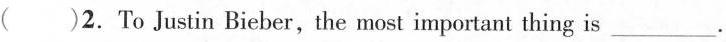
( )2.To Justin Bieber,the most important thing is ___.